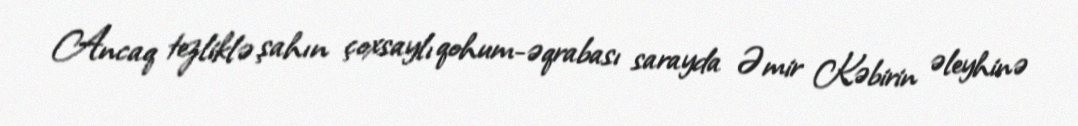
Ancaq tezliklə şahın çoxsaylı qohum-əqrabası sarayda Əmir Kəbirin əleyhinə